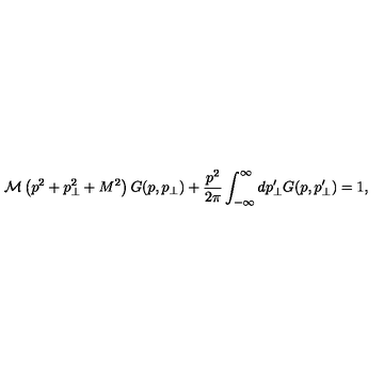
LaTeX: \mathcal { M } \left( p ^ { 2 } + p _ { \perp } ^ { 2 } + M ^ { 2 } \right) G ( p , p _ { \perp } ) + \frac { p ^ { 2 } } { 2 \pi } \int _ { - \infty } ^ { \infty } d p _ { \perp } ^ { \prime } G ( p , p _ { \perp } ^ { \prime } ) = 1 ,